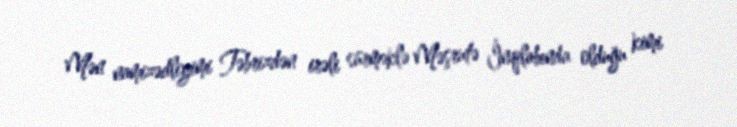
Mən namizədliyimi Təbrizdən irəli sürməklə Məşrutə İnqilabında olduğu kimi